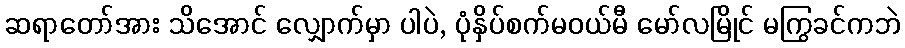
ဆရာတော်အား သိအောင် လျှောက်မှာ ပါပဲ, ပုံနှိပ်စက်မဝယ်မီ မော်လမြိုင် မကြွခင်ကဘဲ